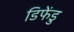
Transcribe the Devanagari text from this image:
डिफेंडु